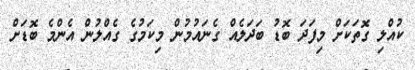
ކުއްލި ގޮތަަކަށް މިފަދަ ބޮޑު ބަދަލެއް ގެނައުމުން މިކަމުގެ ގެއްލުން އެންމެ ބޮޑަށް